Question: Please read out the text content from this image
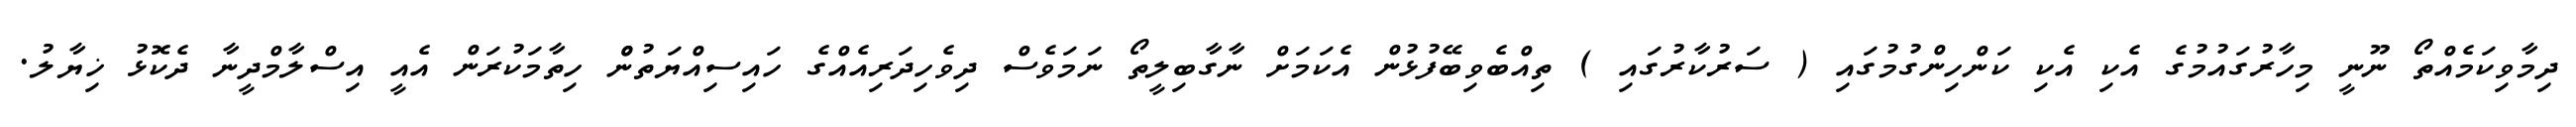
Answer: ދިމާވިކަމެއްތޯ ނޫނީ މިހާރުގައުމުގެ އެކި އެކި ކަންހިންގުމުގައި ( ސަރުކާރުގައި ) ތިއްބެވިބޭފުޅުން އެކަމަށް ނާގާބިލީތޯ ނަމަވެސް ދިވެހިދަރިއެއްގެ ހައިސިއްޔަތުންް ހިތާމަކުރަން އެއީ އިސްލާމްދީނާ ދެކޮޅު ޚިޔާލު.